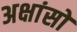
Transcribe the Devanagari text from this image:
अक्षांसो